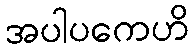
အပါပကေဟိ